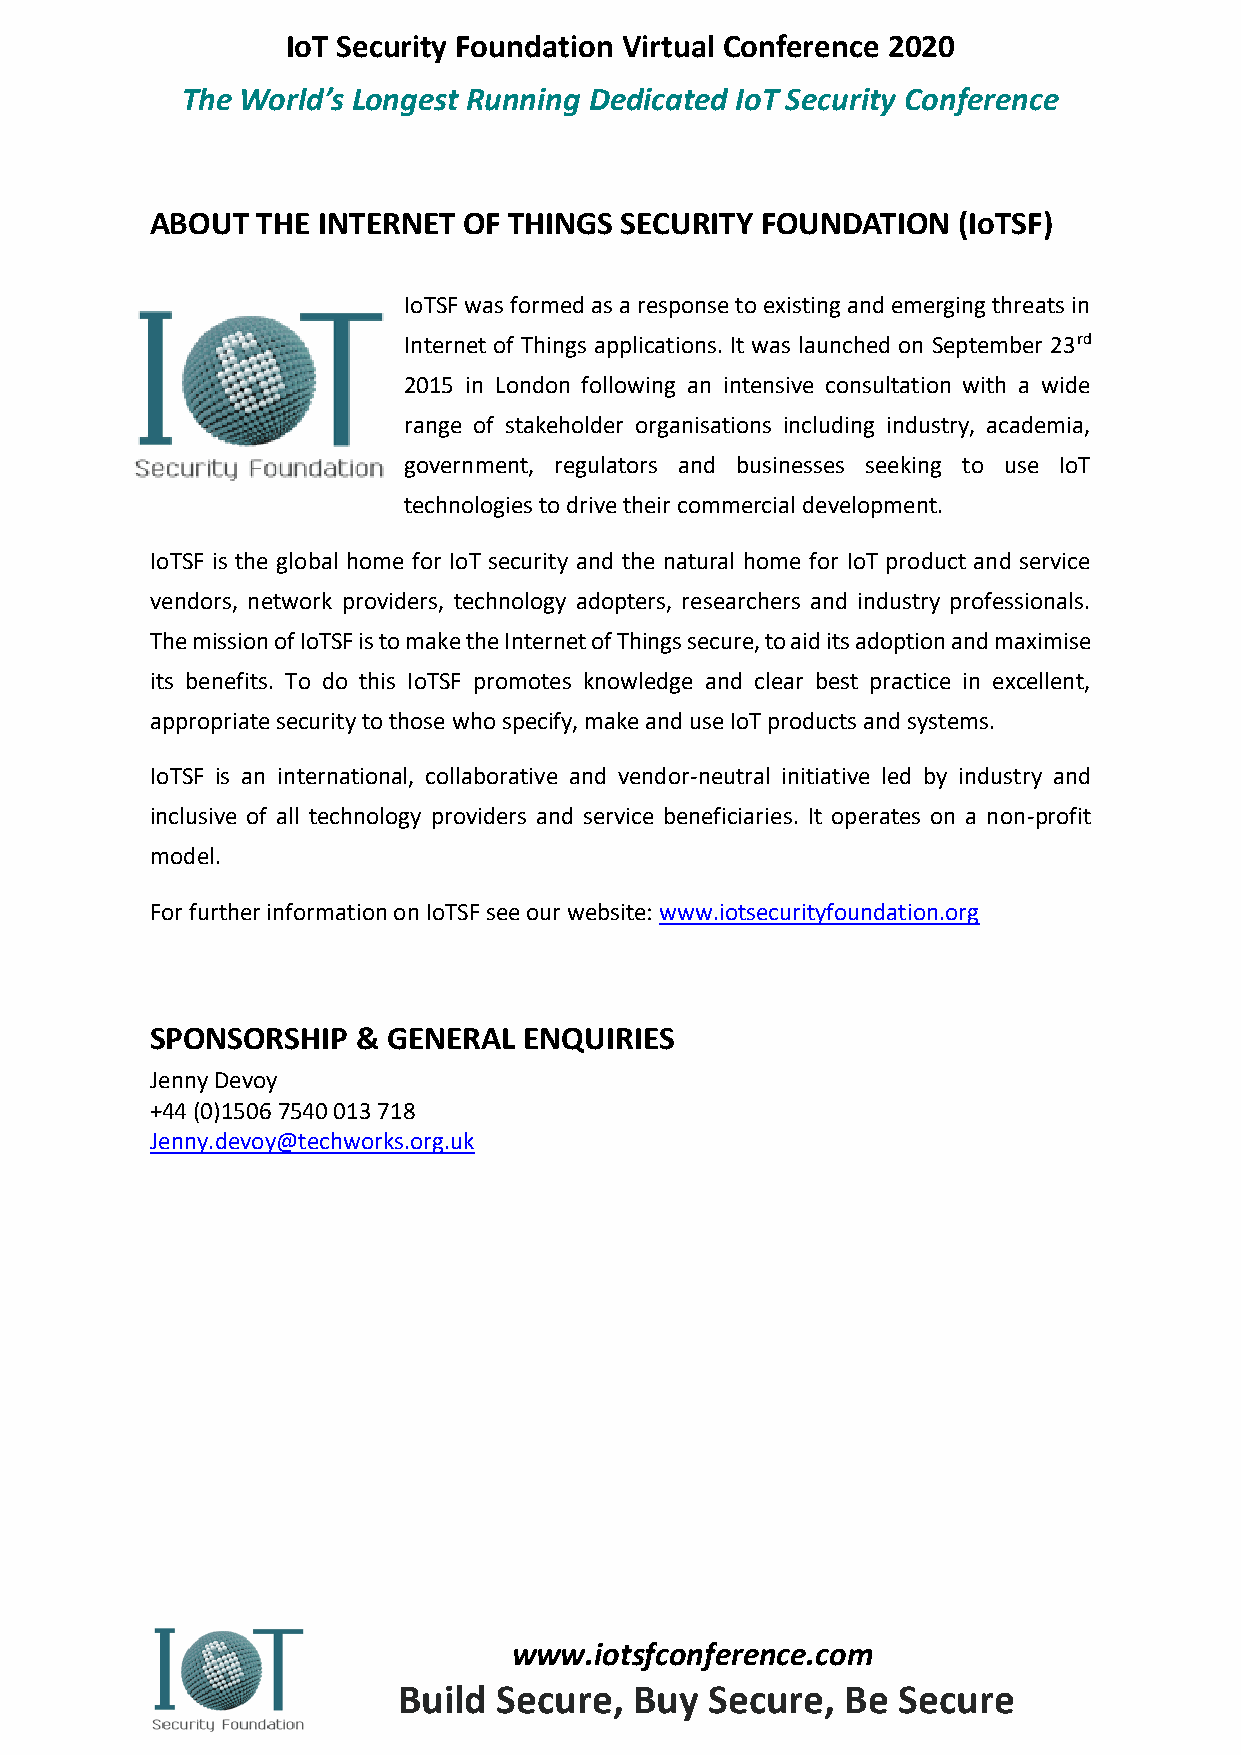
IoT Security Foundation Virtual Conference 2020
 The World’s Longest Running Dedicated IoT Security Conference
 ABOUT  THE INTERNET  OF THINGS SECURITY FOUNDATION   (IoTSF)
 IoTSF was formed as a response to existing and emerging threats in
 Internet of Things applications. It was launched on September 23rd
 2015 in London following an intensive consultation with a wide
 range of stakeholder organisations including industry, academia,
 government, regulators and businesses seeking to use IoT
 technologies to drive their commercial development.
 IoTSF is the global home for IoT security and the natural home for IoT product and service
 vendors, network providers, technology adopters, researchers and industry professionals.
 The mission of IoTSF is to make the Internet of Things secure, to aid its adoption and maximise
 its benefits. To do this IoTSF promotes knowledge and clear best practice in excellent,
 appropriate security to those who specify, make and use IoT products and systems.
 IoTSF is an international, collaborative and vendor-neutral initiative led by industry and
 inclusive of all technology providers and service beneficiaries. It operates on a non-profit
 model.
 For further information on IoTSF see our website: www.iotsecurityfoundation.org
 SPONSORSHIP   & GENERAL  ENQUIRIES
 Jenny Devoy
 +44 (0)1506 7540 013 718
 Jenny.devoy@techworks.org.uk
 www.iotsfconference.com
 Build  Secure,  Buy  Secure,  Be Secure